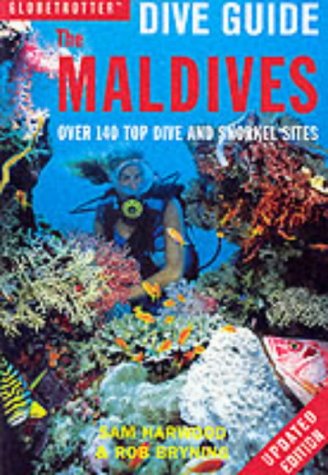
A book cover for Globetrotter Dive Guide: Maldives: Over 140 Top Dive and Snorkel Sites; Sam Harwood; Travel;